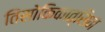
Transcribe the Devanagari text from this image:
तिसोकिकात्सिन